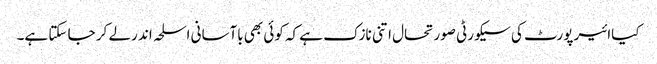
کیاائیر پورٹ کی سیکورٹی صورتحال اتنی نازک ہے کہ کوئی بھی باآسانی اسلحہ اند رلے کر جا سکتا ہے۔